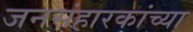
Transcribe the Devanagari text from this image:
जनसंहारकांच्या